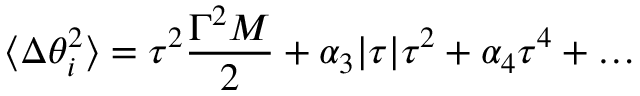
\langle \Delta \theta _ { i } ^ { 2 } \rangle = \tau ^ { 2 } { \frac { \Gamma ^ { 2 } M } { 2 } } + \alpha _ { 3 } | \tau | \tau ^ { 2 } + \alpha _ { 4 } \tau ^ { 4 } + \ldots